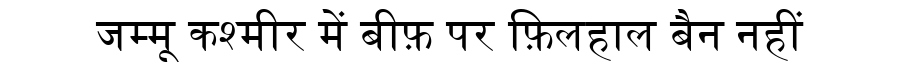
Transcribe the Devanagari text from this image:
जम्मू कश्मीर में बीफ़ पर फ़िलहाल बैन नहीं